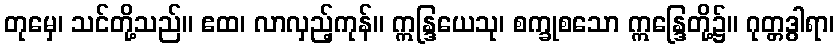
တုမှေ၊ သင်တို့သည်။ ဧထ၊ လာလှည့်ကုန်။ ဣန္ဒြယေသု၊ စက္ခုစသော ဣန္ဒြေတို့၌။ ဂုတ္တဒွါရာ၊